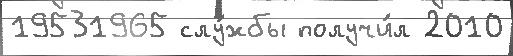
19531965 слу́жбы получи́л 2010